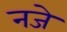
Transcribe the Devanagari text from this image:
नजे